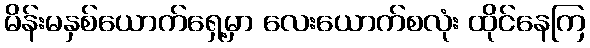
မိန်းမနှစ်ယောက်ရှေ့မှာ လေးယောက်စလုံး ထိုင်နေကြ